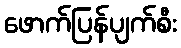
ဖောက်ပြန်ပျက်စီး